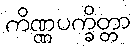
ကိဏ္ဏပက္ခိတ္တာ